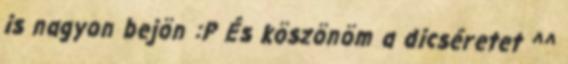
is nagyon bejön :P És köszönöm a dicséretet ^^